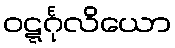
ဝဋ္ဋင်္ဂုလိယော